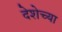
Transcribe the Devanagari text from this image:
देशेच्या